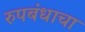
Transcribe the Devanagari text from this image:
रुपबंधाचा